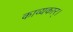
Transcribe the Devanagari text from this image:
काव्यकार्।